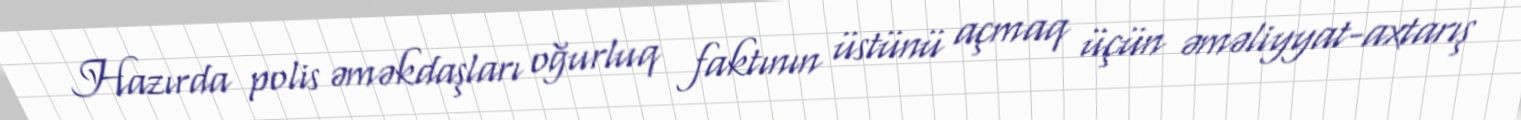
Hazırda polis əməkdaşları oğurluq faktının üstünü açmaq üçün əməliyyat-axtarış